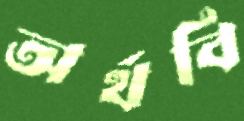
অর্থবি